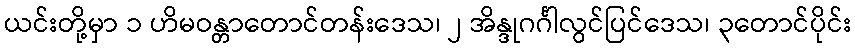
ယင်းတို့မှာ ၁ ဟိမဝန္တာတောင်တန်းဒေသ၊ ၂ အိန္ဒုဂင်္ဂါလွင်ပြင်ဒေသ၊ ၃တောင်ပိုင်း